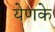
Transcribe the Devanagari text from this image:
येणके